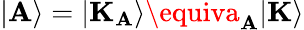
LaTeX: |\mathbf{A}\rangle=|\mathbf{{K}}_{\mathbf{A}}\rangle\equiva_{\mathbf{A}}|\mathbf{{K}}\rangle